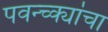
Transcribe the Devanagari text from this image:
पवन्च्क्यांचा